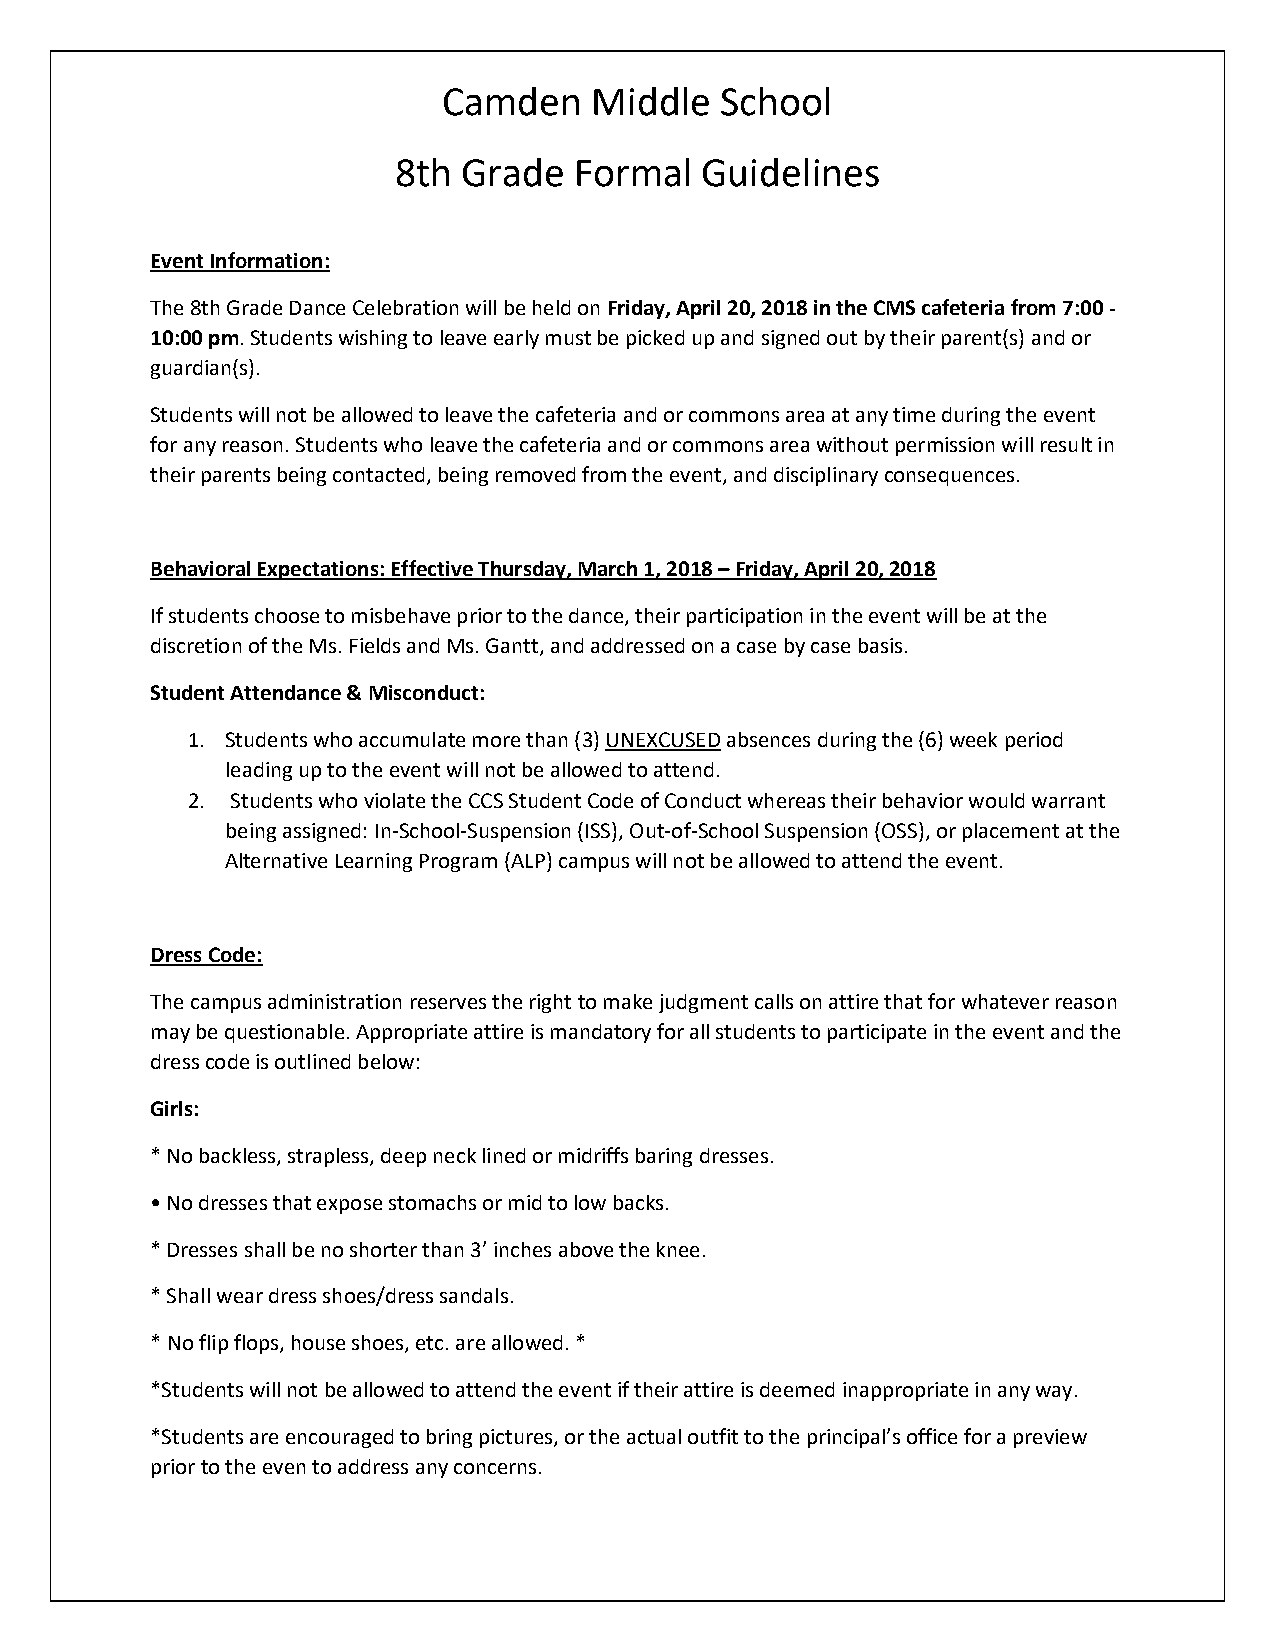
Camden    Middle   School
 8th  Grade  Formal  Guidelines
 Event Information:
 The 8th Grade Dance Celebration will be held on Friday, April 20, 2018 in the CMS cafeteria from 7:00 -
 10:00 pm. Students wishing to leave early must be picked up and signed out by their parent(s) and or
 guardian(s).
 Students will not be allowed to leave the cafeteria and or commons area at any time during the event
 for any reason. Students who leave the cafeteria and or commons area without permission will result in
 their parents being contacted, being removed from the event, and disciplinary consequences.
 Behavioral Expectations: Effective Thursday, March 1, 2018 – Friday, April 20, 2018
 If students choose to misbehave prior to the dance, their participation in the event will be at the
 discretion of the Ms. Fields and Ms. Gantt, and addressed on a case by case basis.
 Student Attendance & Misconduct:
 1. Students who accumulate more than (3) UNEXCUSED absences during the (6) week period
 leading up to the event will not be allowed to attend.
 2. Students who violate the CCS Student Code of Conduct whereas their behavior would warrant
 being assigned: In-School-Suspension (ISS), Out-of-School Suspension (OSS), or placement at the
 Alternative Learning Program (ALP) campus will not be allowed to attend the event.
 Dress Code:
 The campus administration reserves the right to make judgment calls on attire that for whatever reason
 may be questionable. Appropriate attire is mandatory for all students to participate in the event and the
 dress code is outlined below:
 Girls:
 * No backless, strapless, deep neck lined or midriffs baring dresses.
 • No dresses that expose stomachs or mid to low backs.
 * Dresses shall be no shorter than 3’ inches above the knee.
 * Shall wear dress shoes/dress sandals.
 * No flip flops, house shoes, etc. are allowed. *
 *Students will not be allowed to attend the event if their attire is deemed inappropriate in any way.
 *Students are encouraged to bring pictures, or the actual outfit to the principal’s office for a preview
 prior to the even to address any concerns.